Leaving Certificate Examination (including Day School Certificate (Higher) General paper), 1939
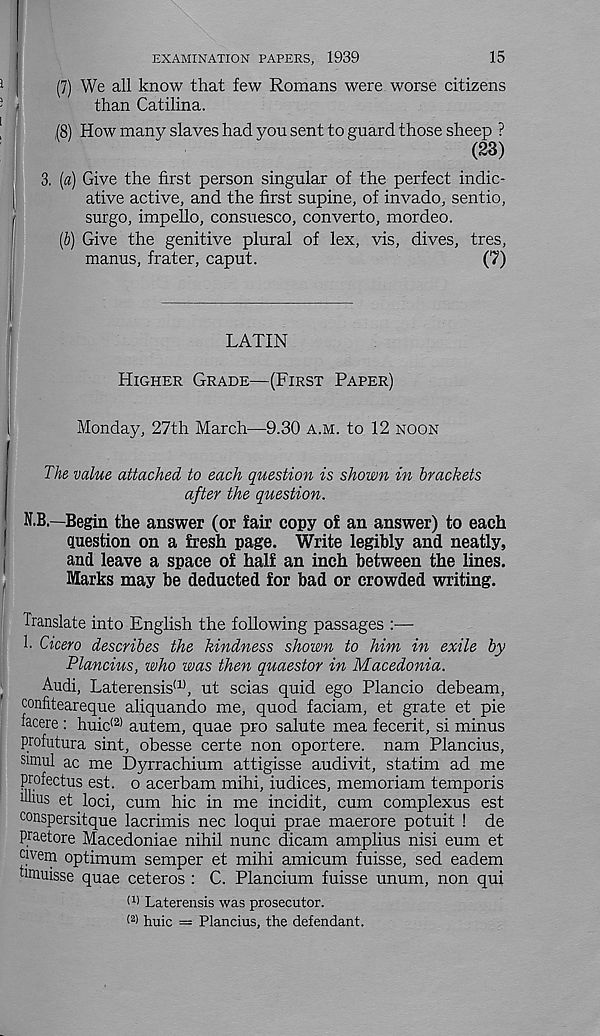
15
EXAMINATION PAPERS, 1939
(7) We all know that few Romans were worse citizens
than Catilina.
(8) How many slaves had you sent to guard those sheep ?
(23)
3. («) Give the first person singular of the perfect indic-
ative active, and the first supine, of invado, sentio,
surgo, impello, consuesco, converto, mordeo.
(b) Give the genitive plural of lex, vis, dives, tres,
manus, frater, caput.
(7)
LATIN
HIGHER GRADE—(FIRST PAPER)
Monday, 27th March-—9.30 A.M. to 12 NOON
The value attached to each question is shown in brackets
after the question.
N.B.—Begin the answer (or fair copy of an answer) to each
question on a fresh page. Write legibly and neatly,
and leave a space of half an inch between the lines.
Marks may be deducted for bad or crowded writing.
Translate into English the following passages :—
T Cicero describes the kindness shown to him in exile by
Plancius, who was then quaestor in Macedonia.
Audi, Laterensis (1) , ut scias quid ego Plancio debeam,
confiteareque aliquando me, quod faciam, et grate et pie
facere : huic (2) autem, quae pro salute mea fecerit, si minus
profutura sint, obesse certe non oportere. nam Plancius,
simul ac me Dyrrachium attigisse audivit, statim ad me
profectus est. o acerbam mihi, iudices, memoriam temporis
wius et loci, cum hie in me incidit, cum complexus est
conspersitque lacrimis nec loqui prae maerore potuit ! de
praetore Macedoniae nihil nunc dicam amplius nisi eum et
civern optimum semper et mihi amicum fuisse, sed eadem
hmuisse quae ceteros : C. Plancium fuisse unum, non qui
(1) Laterensis was prosecutor.
(2 > huic = Plancius, the defendant.